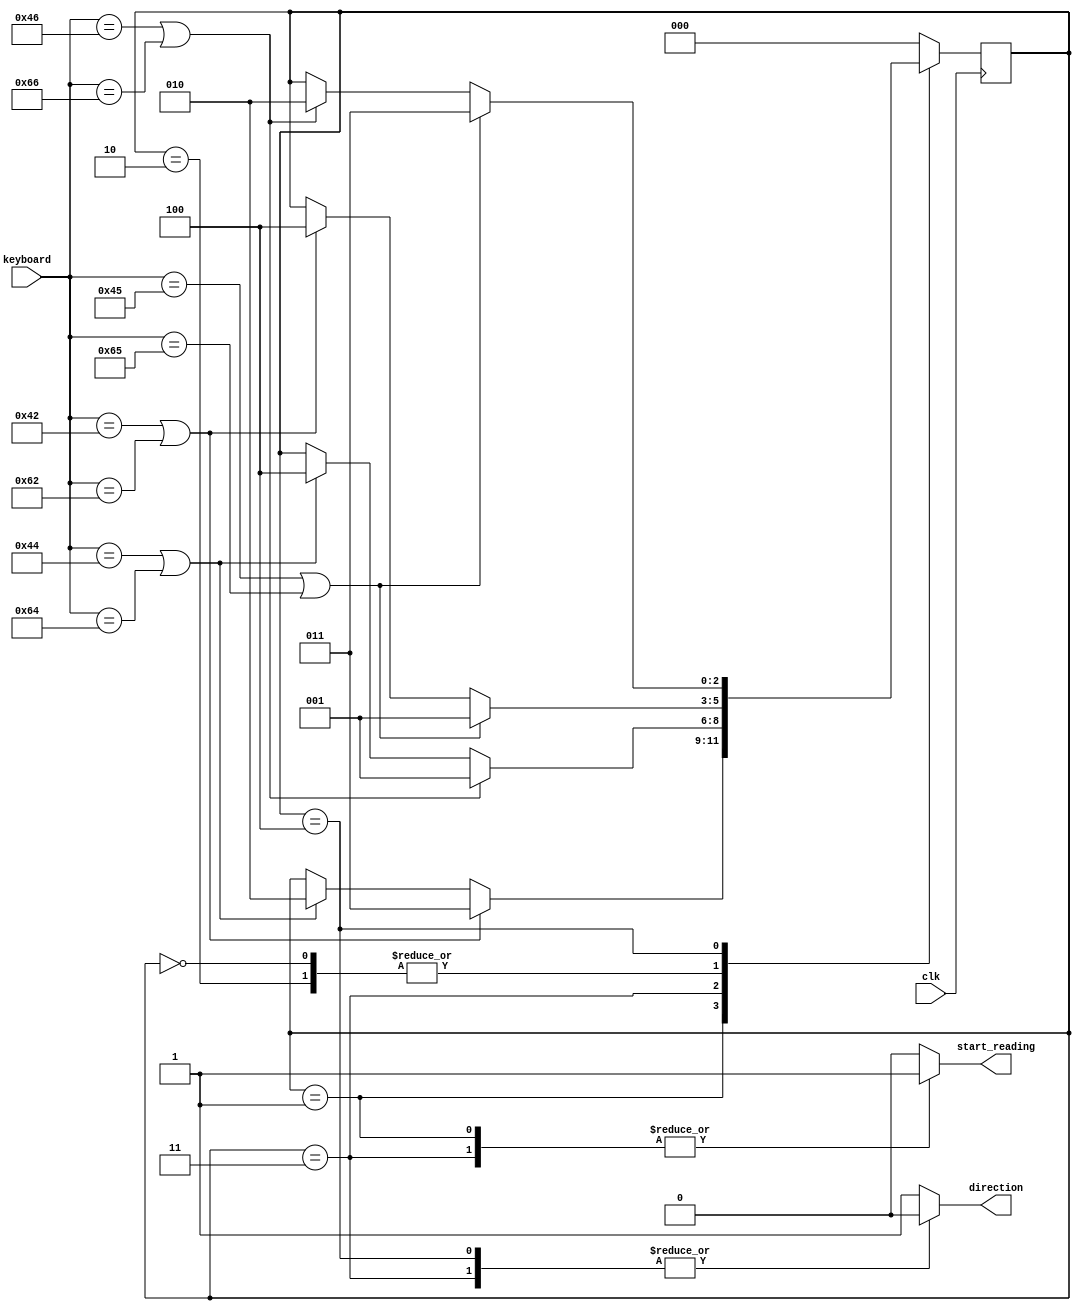
`define initial_state 3'b000
`define forward_play 3'b001
`define forward_pause 3'b010
`define backward_play 3'b011
`define backward_pause 3'b100

`define B 8'h42  
`define D 8'h44 
`define E 8'h45 
`define F 8'h46

`define b 8'h62
`define d 8'h64 
`define e 8'h65 
`define f 8'h66

//defining characters we need for keyboard interaction
module keyboard_FSM(clk,keyboard,start_reading,direction);

input clk;
input[7:0] keyboard;
reg[2:0] next_state;
reg[2:0] current_state;
output reg start_reading;
output reg direction;
//defining inputs and outputs
always@(*) begin
//case statement simply just implementing the logic from fsm diagram
	case(current_state)
		`initial_state: begin
			start_reading=1'b0;
			direction=1'b1;

			if (keyboard==`E||keyboard==`e)
				next_state = `forward_play;
			else if (keyboard==`B||keyboard==`b)
				next_state = `backward_pause;
			else
				next_state = current_state;
		end
		`forward_play: begin //for cases when playing music in normal direction

			start_reading=1'b1;
			direction=1'b1;

			if (keyboard==`B||keyboard==`b) 
				next_state = `backward_play;
			else if (keyboard==`D||keyboard==`d)
				next_state = `forward_pause;
			else 
				next_state = current_state;
		end
		`backward_play: begin //for playing music backwards
			
			start_reading=1'b1;
			direction=1'b0;

			if (keyboard==`F||keyboard==`f) 
				next_state = `forward_play;
			else if (keyboard==`D||keyboard==`d)
				next_state = `backward_pause;
			else 
				next_state = current_state;
		end

		`forward_pause: begin //pause state when previous state was forward play
			start_reading=1'b0;
			direction=1'b1;
			
			if (keyboard==`E||keyboard==`e) 
				next_state = `forward_play;
			else if (keyboard==`B||keyboard==`b)
				next_state = `backward_pause;
			else 
				next_state = current_state;
		end

		`backward_pause: begin //pause state when previous state was backward play
			start_reading=1'b0;
			direction=1'b0;
			
			if (keyboard==`E||keyboard==`e) 
				next_state = `backward_play;
			else if (keyboard==`F||keyboard==`f)
				next_state = `forward_pause;
			else 
				next_state = current_state;
		end
			
		default: begin //default case
			next_state = `initial_state;
			start_reading=1'b0;
			direction=1'b1;
		end
	endcase
end

always@(posedge clk) begin//logic to set next state
		current_state = next_state;
end
endmodule